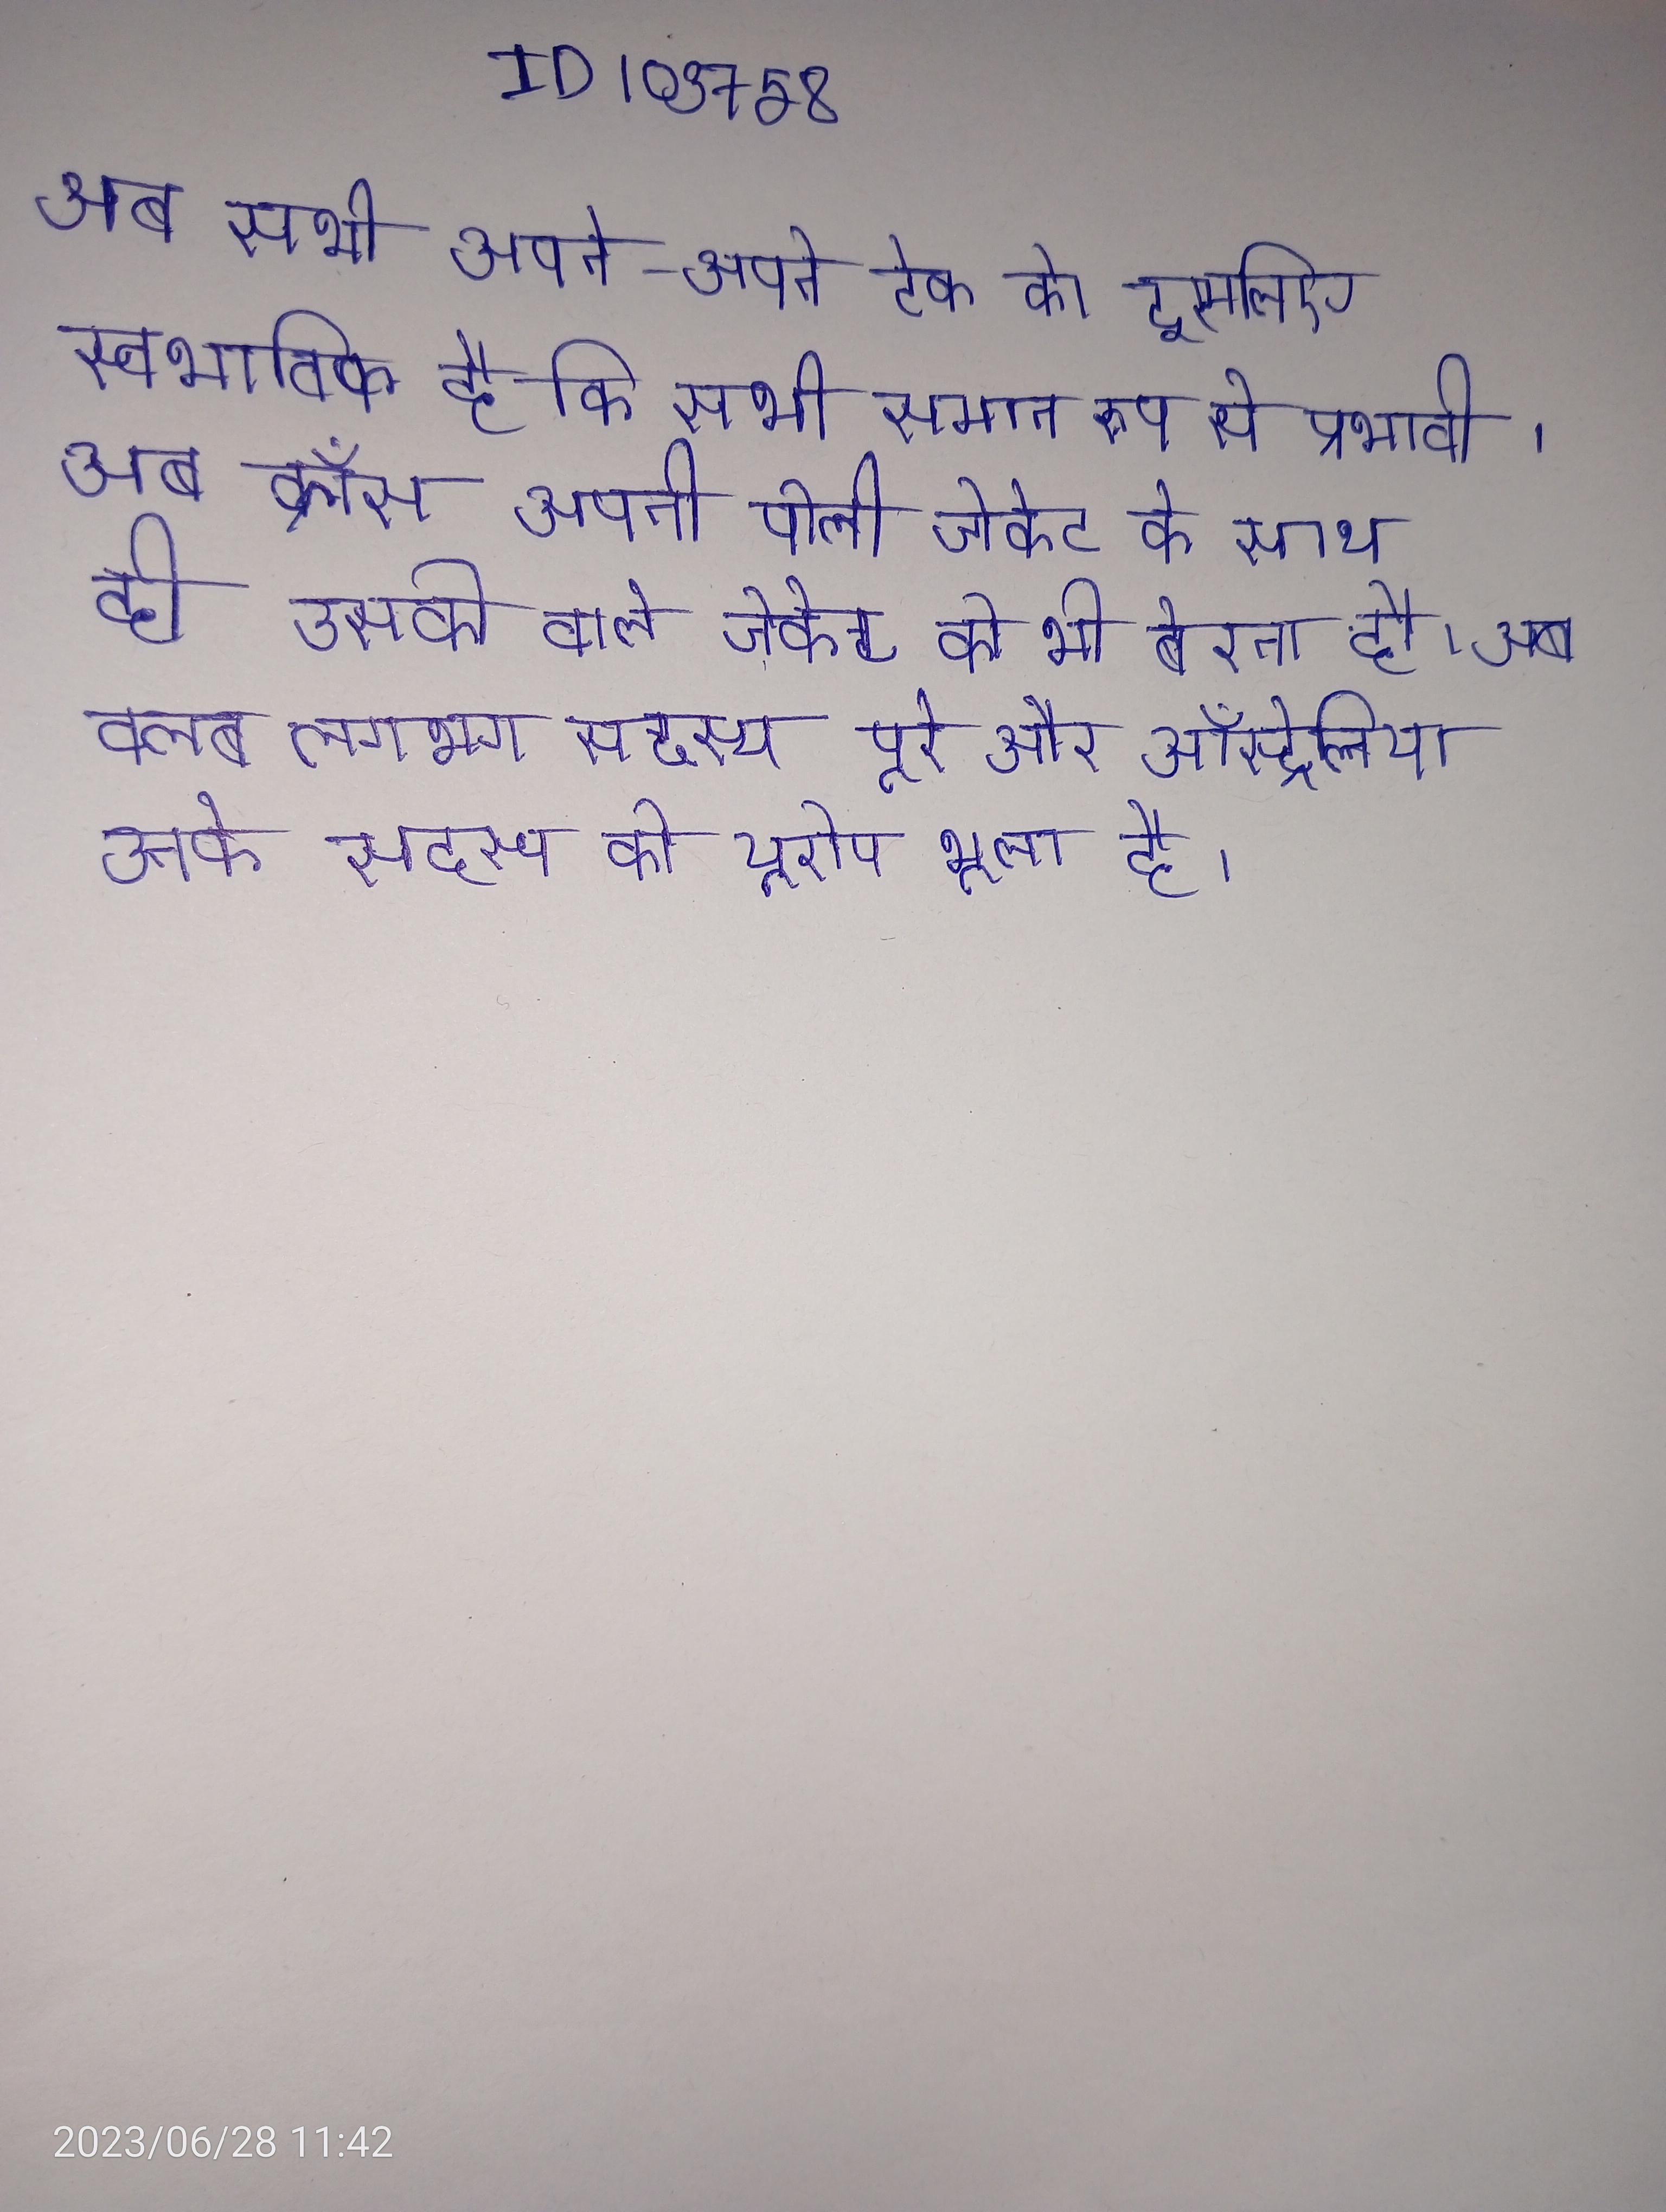
अब सभी अपने-अपने टेक को इसलिए स्वभाविक है कि सभी समान रूप से प्रभावी । अब क्रॉस अपनी पीली जेकेट के साथ ही उसकी वाले जेकेट को भी बेचने पर विचार करता है । अब क्लब लगभग सदस्य पूरे और ऑस्ट्रेलिया उनके सदस्य को यूरोप भूला है ।